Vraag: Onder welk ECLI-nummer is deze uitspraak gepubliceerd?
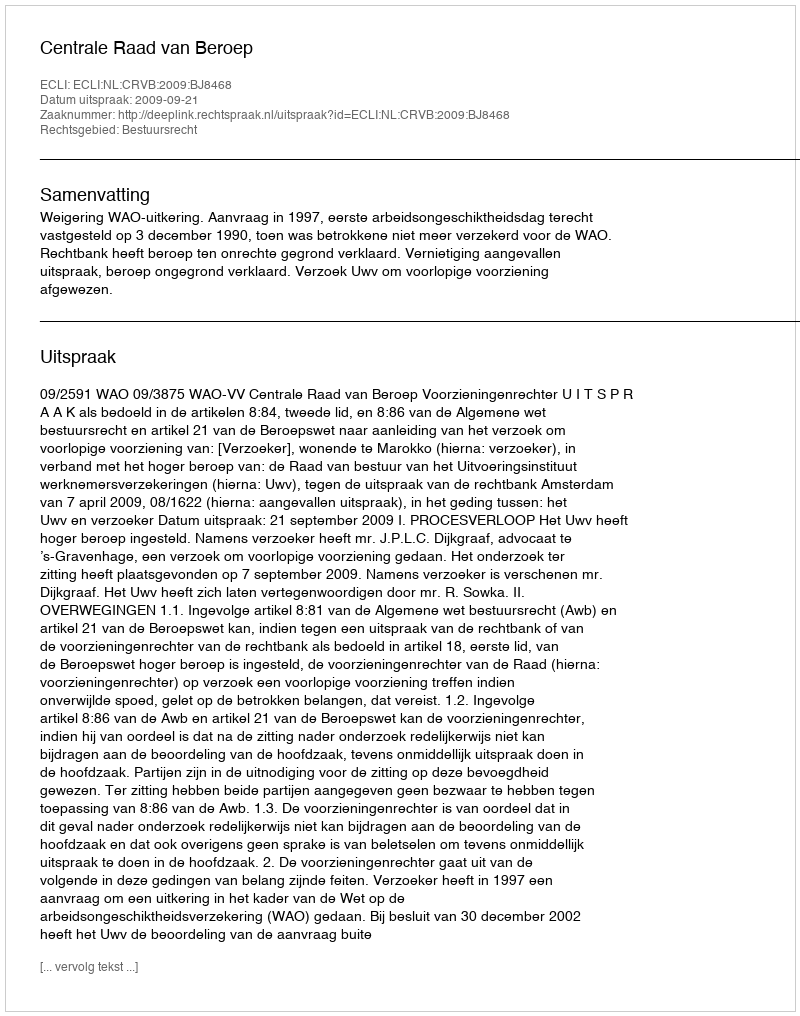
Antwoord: ECLI:NL:CRVB:2009:BJ8468